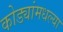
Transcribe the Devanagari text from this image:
कोड्यांमधल्या